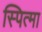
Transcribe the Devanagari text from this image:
स्पित्मा